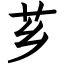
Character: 芗